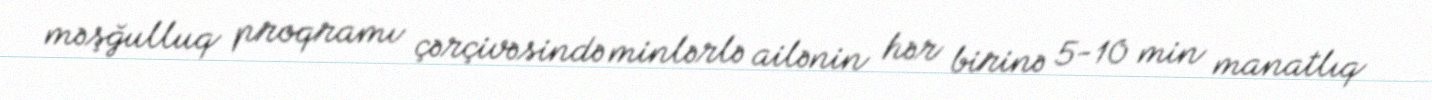
məşğulluq proqramı çərçivəsində minlərlə ailənin hər birinə 5-10 min manatlıq